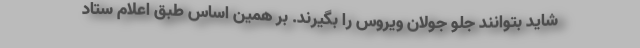
شاید بتوانند جلو جولان ویروس را بگیرند. بر همین اساس طبق اعلام ستاد